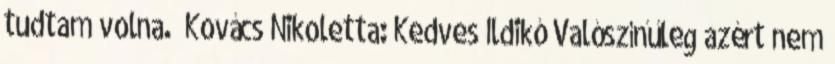
tudtam volna.” Kovács Nikoletta: Kedves Ildikó Valószínűleg azért nem